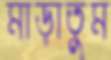
মাড়াতুম